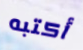
أكتبه